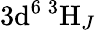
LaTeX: \mathrm{3d^{6}\, ^{3}H}_{J}